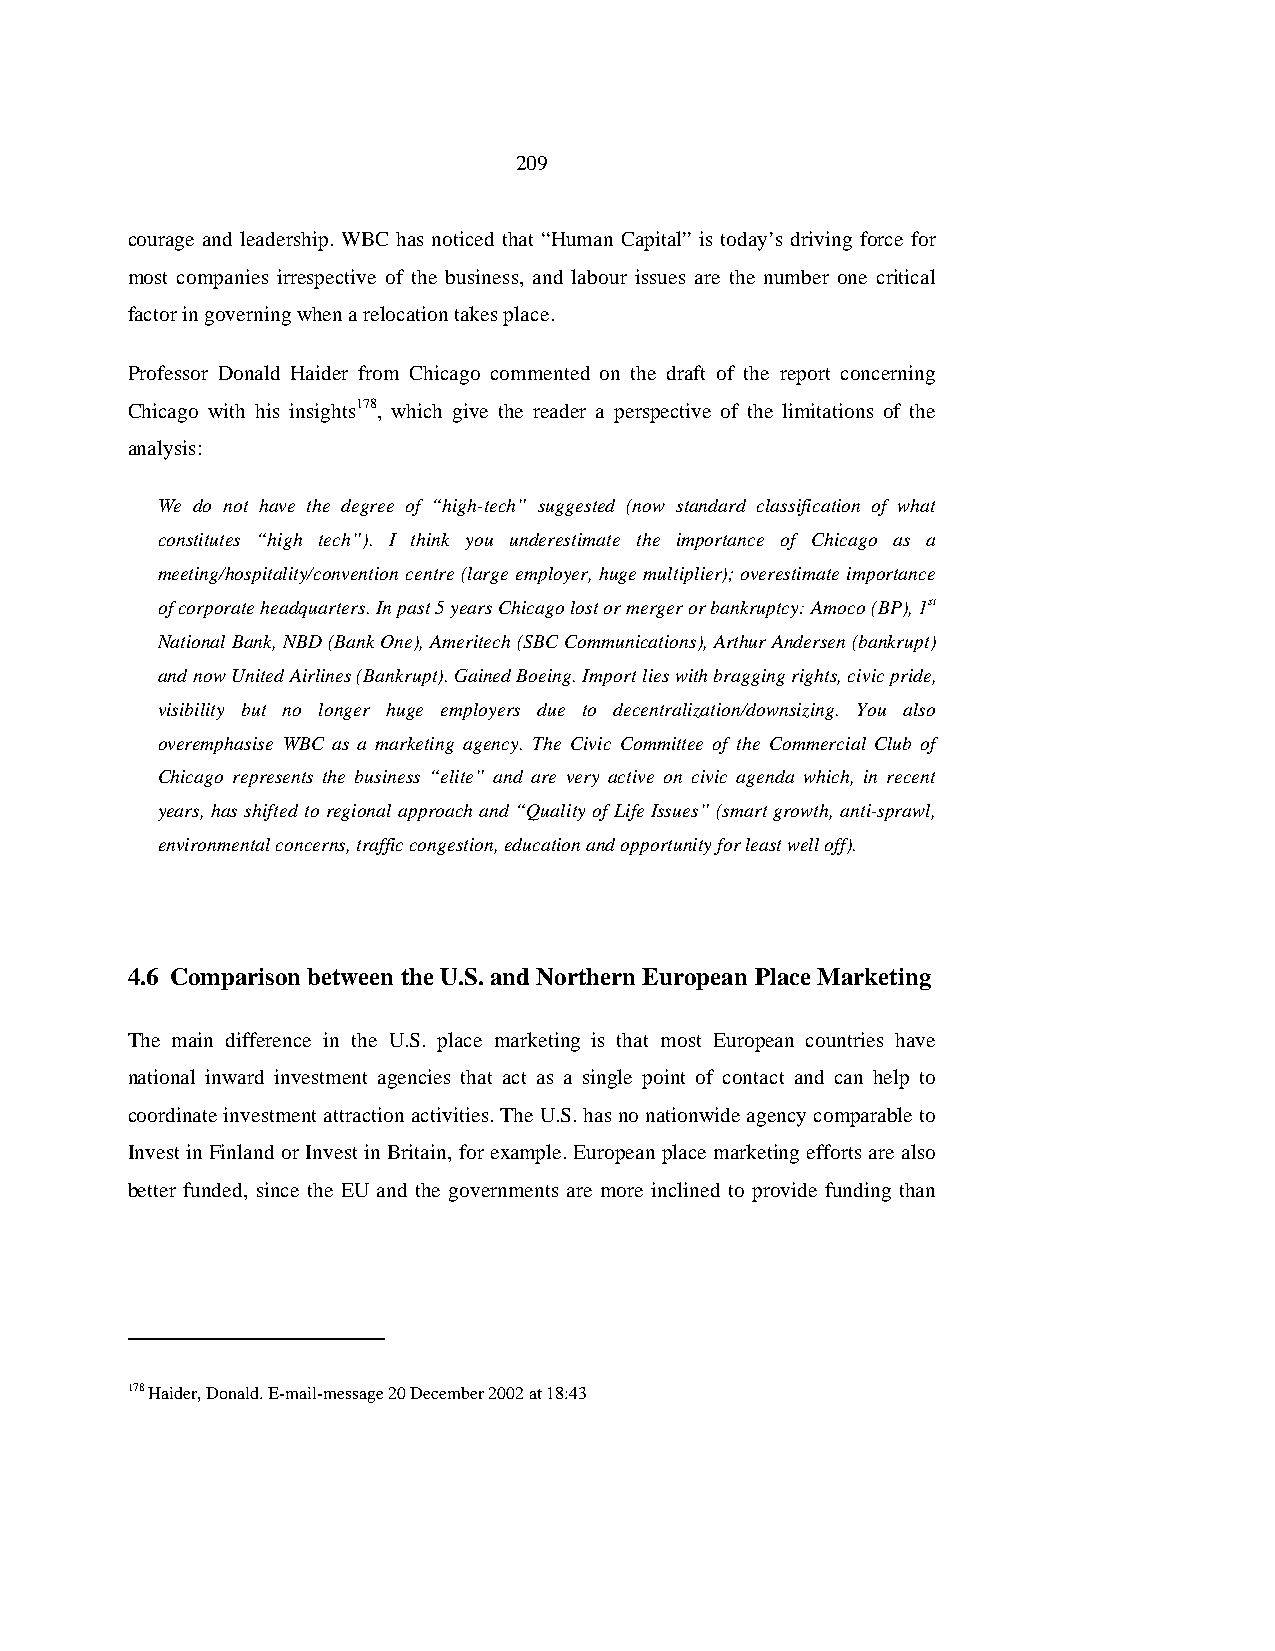
209
 courage and leadership. WBC has noticed that “Human Capital” is today’s driving force for
 most companies irrespective of the business, and labour issues are the number one critical
 factor in governing when a relocation takes place.
 Professor Donald Haider from Chicago commented on the draft of the report concerning
 Chicago with his insights178, which give the reader a perspective of the limitations of the
 analysis:
 We do not have the degree of “high-tech” suggested (now standard classification of what
 constitutes “high tech”). I think you underestimate the importance of Chicago as a
 meeting/hospitality/convention centre (large employer, huge multiplier); overestimate importance
 of corporate headquarters. In past 5 years Chicago lost or merger or bankruptcy: Amoco (BP), 1st
 National Bank, NBD (Bank One), Ameritech (SBC Communications), Arthur Andersen (bankrupt)
 and now United Airlines (Bankrupt). Gained Boeing. Import lies with bragging rights, civic pride,
 visibility but no longer huge employers due to decentralization/downsizing. You also
 overemphasise WBC as a marketing agency. The Civic Committee of the Commercial Club of
 Chicago represents the business “elite” and are very active on civic agenda which, in recent
 years, has shifted to regional approach and “Quality of Life Issues” (smart growth, anti-sprawl,
 environmental concerns, traffic congestion, education and opportunity for least well off).
 4.6 Comparison between the U.S. and Northern European Place Marketing
 The main difference in the U.S. place marketing is that most European countries have
 national inward investment agencies that act as a single point of contact and can help to
 coordinate investment attraction activities. The U.S. has no nationwide agency comparable to
 Invest in Finland or Invest in Britain, for example. European place marketing efforts are also
 better funded, since the EU and the governments are more inclined to provide funding than
 178 Haider, Donald. E-mail-message 20 December 2002 at 18:43